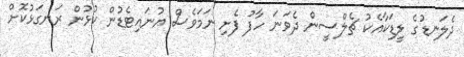
ދެލަނޑުގެ ލީޑަކާއެކު ޗެލްސީން ދެވަނަ ހާފު ފެށި ނަމަވެސް ޔުނައިޓެޑުން ކުޅުން ރަނގަޅުކޮށް